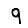
Digit: 9